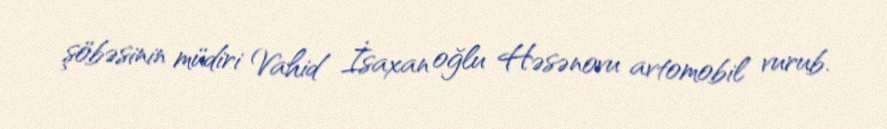
şöbəsinin müdiri Vahid İsaxan oğlu Həsənovu avtomobil vurub.